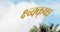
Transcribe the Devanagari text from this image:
क्ष्च्क्क्ष्क्ष्